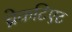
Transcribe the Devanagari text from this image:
ब्रेकटिएट